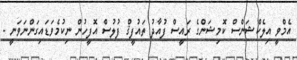
އެމްވީ އިލެކްޝަންސް ކޮމިޝަންގެ ރައީސް ފުއާދު ތައުފީޤް ފުލުސް އޮފީހުން ނިކުމެވަޑައިގަންނަވަނީ -